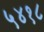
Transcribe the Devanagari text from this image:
५४१८